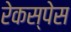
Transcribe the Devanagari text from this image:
रेकस्पेस